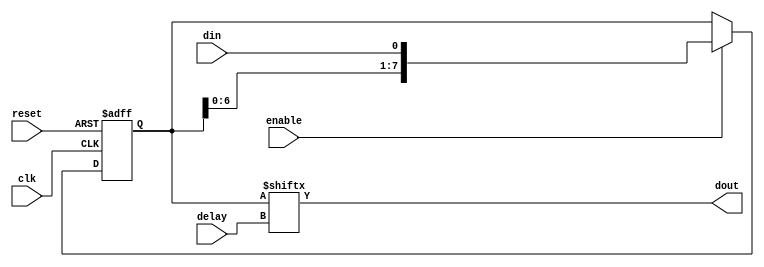
module programmable_delay (
    input wire clk,        // Clock input
    input wire reset,      // Reset input
    input wire enable,
    input wire [2:0] delay, // 3-bit programmable delay input (0-7)
    input wire din,        // Data input
    output wire dout       // Data output
);

reg [7:0] shift_reg;       // 8-bit shift register to store the input values

always @(posedge clk or posedge reset) begin
    if (reset) begin
        shift_reg <= 8'b0; // Reset shift register
    end else begin
        if (enable) begin
            // Shift the register and store the new input
            shift_reg <= {shift_reg[6:0], din};
        end
    end
end

assign dout = shift_reg[delay]; // Output the delayed value

endmodule